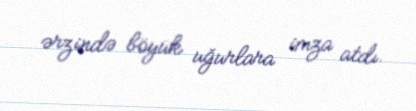
ərzində böyük uğurlara imza atdı.